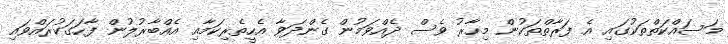
މަސައްކަތްތަކުގައި އެ ފަރާތްތަކުން މިހާރު ވެސް ދެއްވަމުން ގެންދަވާ އެހީތެރިކަމާއި އެއްބާރުލުން ފާހަގަކުރައްވައި